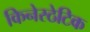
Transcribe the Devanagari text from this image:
किनेस्ठेटिक